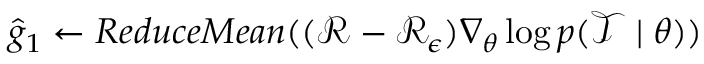
\hat { g } _ { 1 } \leftarrow R e d u c e M e a n ( ( \mathcal { R } - \mathcal { R } _ { \epsilon } ) \nabla _ { \theta } \log p ( \mathcal { T } \mid \theta ) )